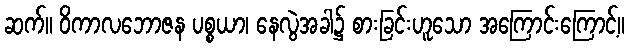
ဆက်။ ဝိကာလဘောဇန ပစ္စယာ၊ နေလွဲအခါ၌ စားခြင်းဟူသော အကြောင်းကြောင့်။